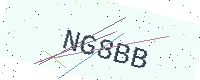
Text: NG8BB